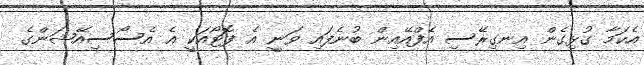
އެކަމާ ގުޅިގެން އިނގިރޭސި އެފްއޭއިން ބުނެފައި ވަނީ އެ ފޮޓޯއަކީ އެ އެސޯސިއޭޝަންގެ